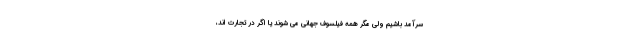
سرآمد باشیم ولی مگر همه فیلسوف جهانی می شوند یا اگر در تجارت اند،